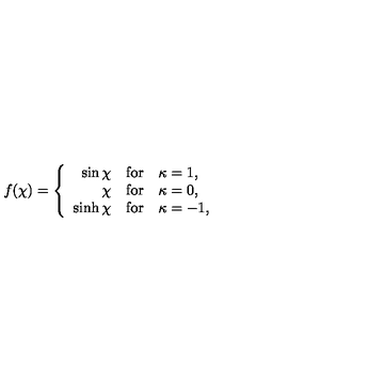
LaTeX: f ( \chi ) = \left\{ \begin{array} { r l l } { \sin \chi } & { \mathrm { f o r } } & { \kappa = 1 , } \\ { \chi } & { \mathrm { f o r } } & { \kappa = 0 , } \\ { \sinh \chi } & { \mathrm { f o r } } & { \kappa = - 1 , } \\ \end{array} \right.